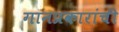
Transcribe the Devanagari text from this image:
गानप्रकारांची